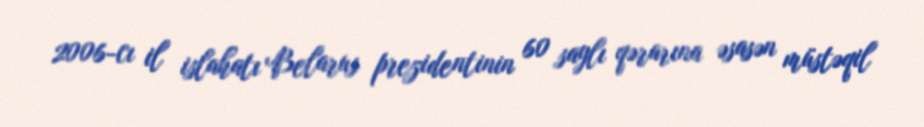
2006-cı il islahatı Belarus prezidentinin 60 saylı qərarına əsasən müstəqil